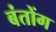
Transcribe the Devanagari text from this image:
बंतोंग